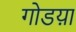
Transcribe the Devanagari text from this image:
गोडय़ा